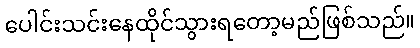
ပေါင်းသင်းနေထိုင်သွားရတော့မည်ဖြစ်သည်။